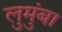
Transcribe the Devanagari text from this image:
लुमुंबा